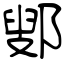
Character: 鄋